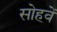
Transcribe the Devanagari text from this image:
सोहवें